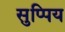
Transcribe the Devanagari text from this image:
सुप्पिय